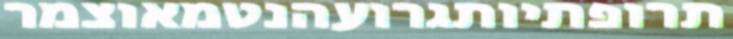
תרופתיותגרועהנטמאוצמר